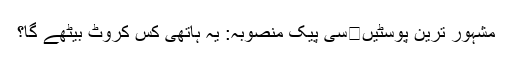
مشہور ترین پوسٹیں	سی پیک منصوبہ: یہ ہاتھی کس کروٹ بیٹھے گا؟